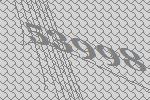
53998